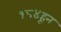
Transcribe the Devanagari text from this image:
१८४हून